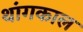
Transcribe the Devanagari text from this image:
थांगकाल